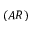
( A R )